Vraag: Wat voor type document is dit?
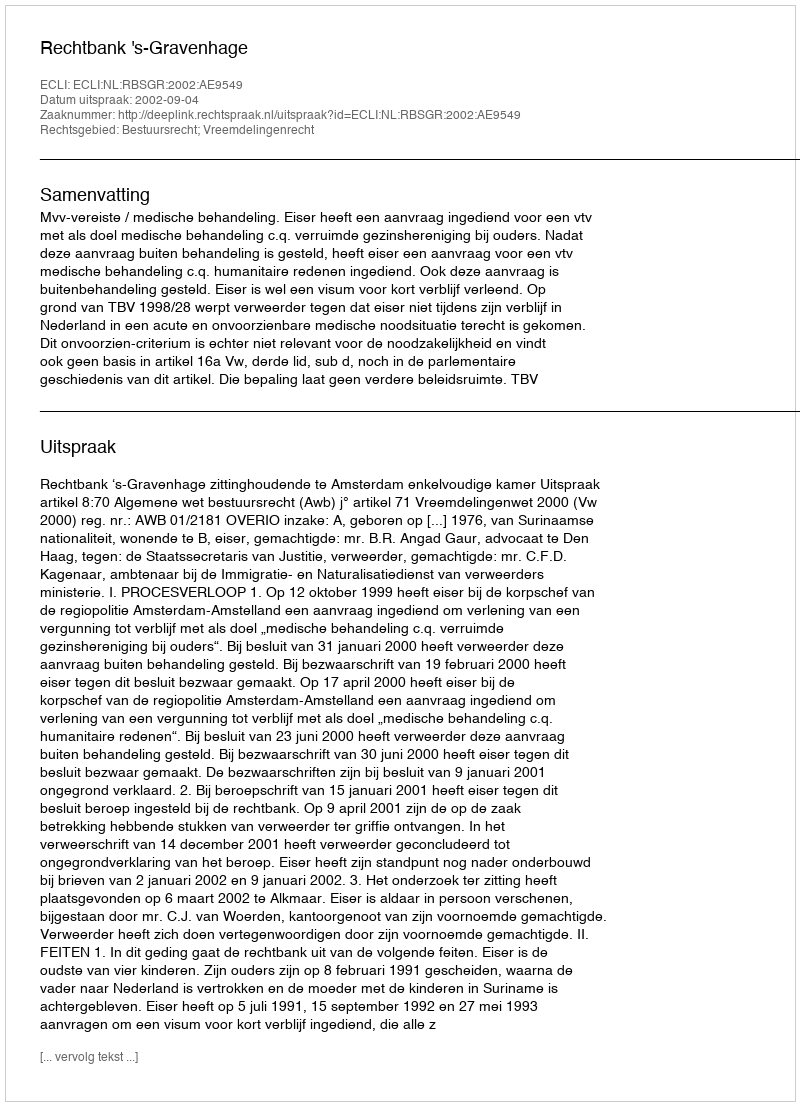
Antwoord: Uitspraak